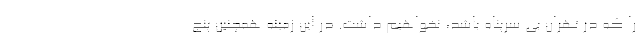
را که در تهران بی سرپناه باشد، نخواهیم داشت. در این زمینه همچنین پنج